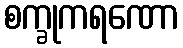
စက္ခုကရဏော